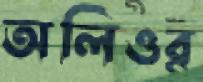
অলিওর